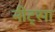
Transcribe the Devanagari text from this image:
नीट्सा